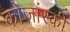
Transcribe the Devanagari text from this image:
कोजांस्की